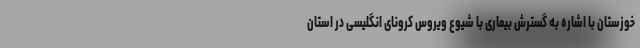
خوزستان با اشاره به گسترش بیماری با شیوع ویروس کرونای انگلیسی در استان